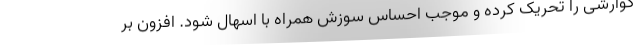
گوارشی را تحریک کرده و موجب احساس سوزش همراه با اسهال شود. افزون بر